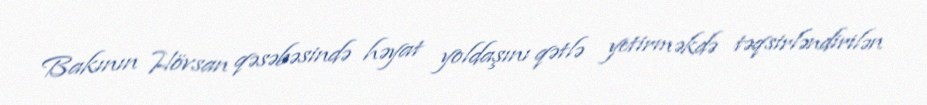
Bakının Hövsan qəsəbəsində həyat yoldaşını qətlə yetirməkdə təqsirləndirilən